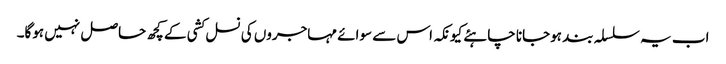
اب یہ سلسلہ بند ہوجانا چاہئے کیونکہ اس سے سوائے مہاجروں کی نسل کشی کے کچھ حاصل نہیں ہوگا۔